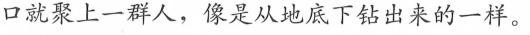
口就聚上一群人，像是从地底下钻出来的一样。